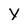
Character: Y